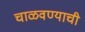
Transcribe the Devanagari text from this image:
चाळवण्याची